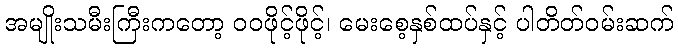
အမျိုးသမီးကြီးကတော့ ဝဝဖိုင့်ဖိုင့်၊ မေးစေ့နှစ်ထပ်နှင့် ပါတိတ်ဝမ်းဆက်